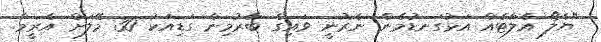
"ޔެލޯ އެލާޓެއް އަޅުގަނޑުމެން ނެރުނީ ވައިގެ ބާރުމިން ގަޑިއަކު 30 މޭލަށް އެރީމާ.